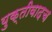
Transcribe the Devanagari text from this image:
युक्तीवादच